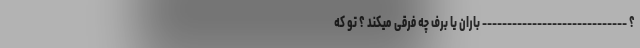
؟ ----------------------------- باران یا برف چه فرقی میکند ؟ تو که